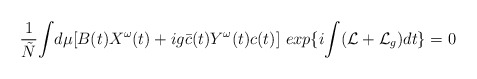
\begin{align*}\frac{1}{\tilde{N}}{\int}d\mu [B(t)X^{\omega}(t) +ig\bar{c}(t)Y^{\omega}(t)c(t)]\ exp\{i {\int}({\cal L}+{\cal L}_{g})dt\} =0\end{align*}